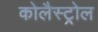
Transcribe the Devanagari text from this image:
कोलैस्ट्रोल